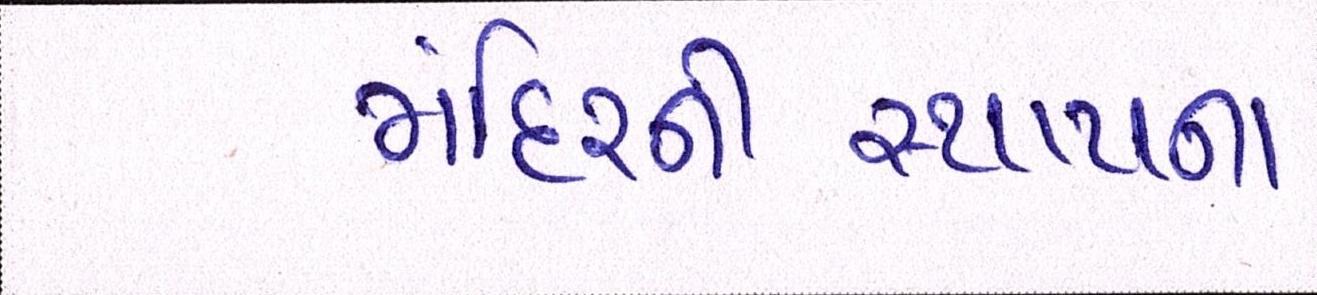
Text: મંદિરનીસ્થાપના